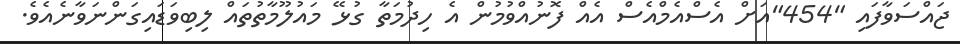
ޖައްސަވާފައި "454"އަށް އެސްއެމްއެސް އެއް ފޮނުއްވުމުން އެ ހިދުމަތާ ގުޅޭ މައުލޫމާތުތައް ލިބިވަޑައިގަންނަވާނެއެވެ.